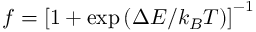
f = \left[ 1 + \exp \left( \Delta E / k _ { B } T \right) \right] ^ { - 1 }